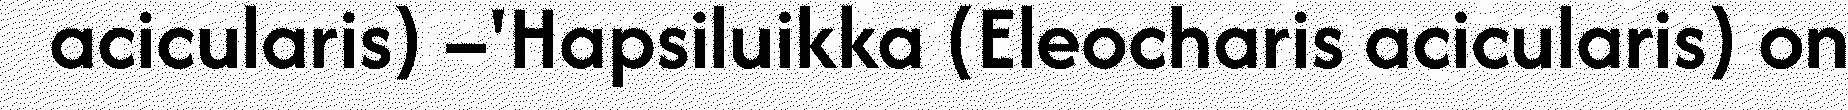
acicularis) –'Hapsiluikka (Eleocharis acicularis) on